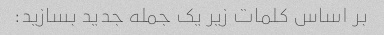
بر اساس کلمات زیر یک جمله جدید بسازید: